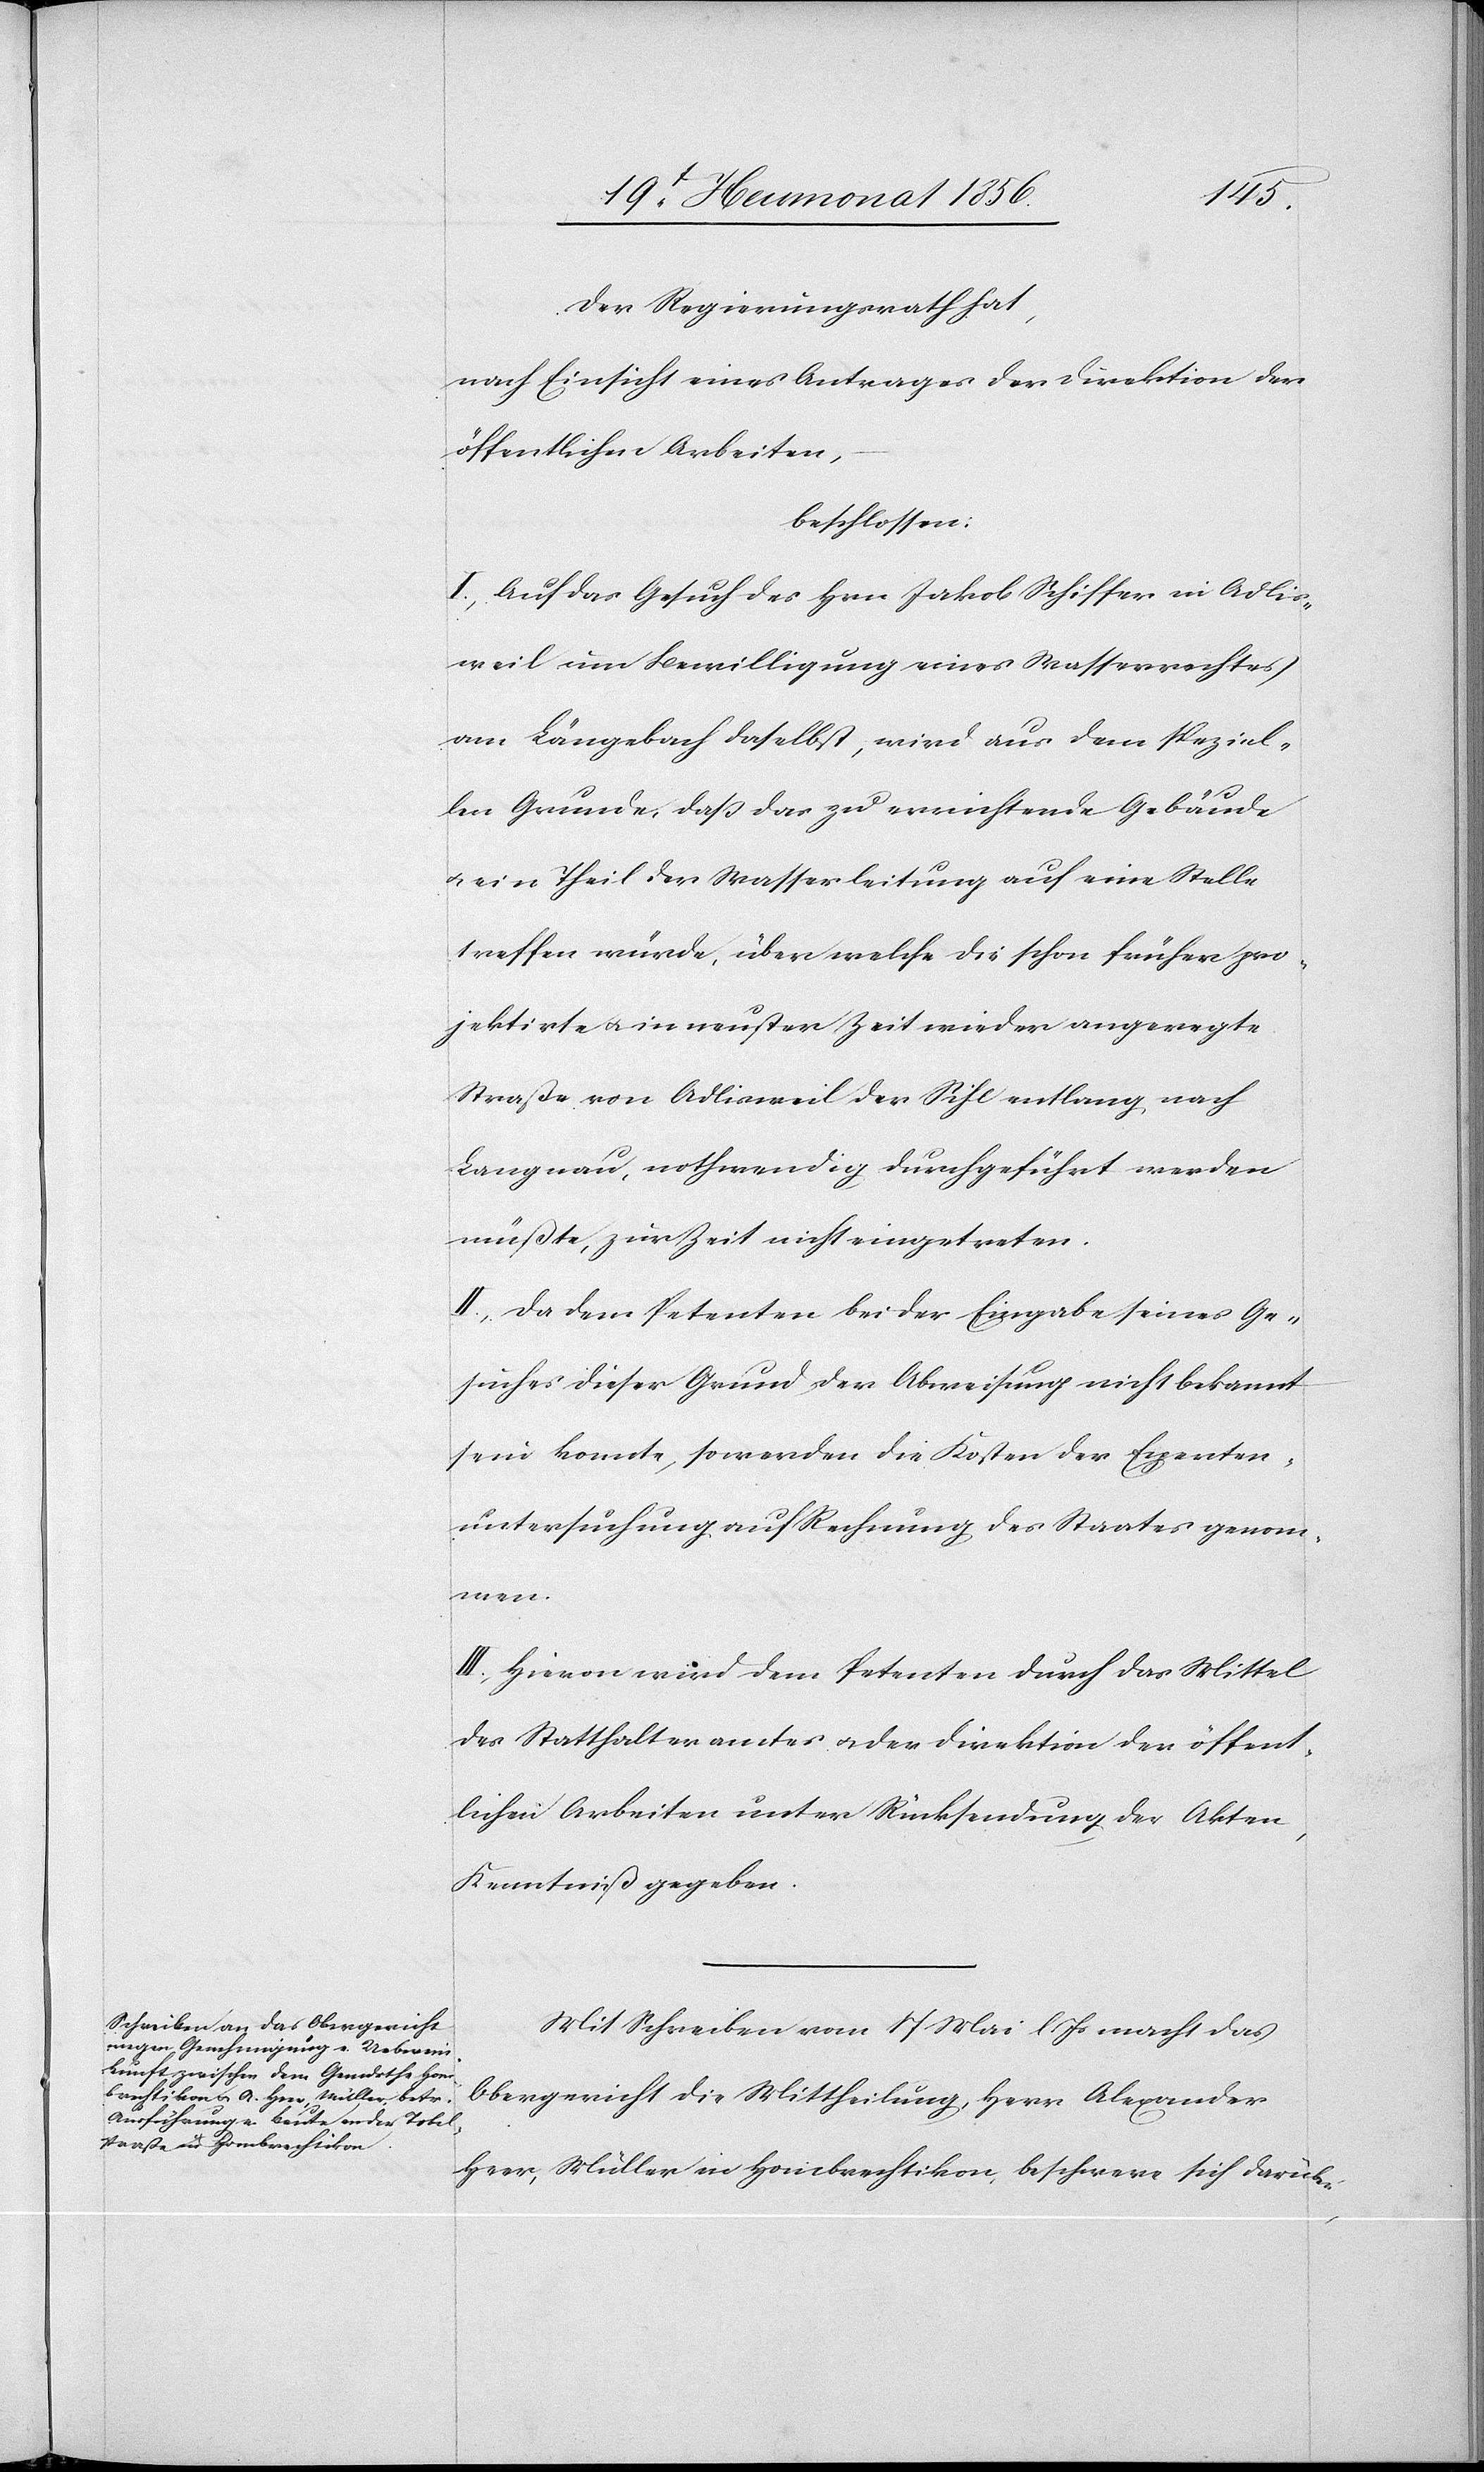
Der Regierungsrath hat,
nach Einsicht eines Antrages der Direktion der
öffentlichen Arbeiten,
beschlossen:
I.) Auf das Gesuch des Hrn Jakob Schiffer in Adlis¬
weil um Bewilligung eines Wasserrechtes
am Längebach daselbst, wird aus dem speziel¬
len Grunde, dass das zu errichtende Gebäude
u. ein Theil der Wasserleitung auf eine Stelle
treffen würde, über welche die schon früher pro¬
jektirte u. in neuster Zeit wieder angeregte
Straße von Adlisweil der Sihl entlang nach
Langnau, nothwendig durchgeführt werden
müßte, zur Zeit nicht eingetreten.
II.) Da dem Petenten bei der Eingabe seines Ge¬
suches dieser Grund der Abweisung nicht bekannt
sein konnte, so werden die Kosten der Experten¬
untersuchung auf Rechnung des Staates genom¬
men.
III.) Hievon wird dem Petenten durch das Mittel
des Statthalteramtes u. der Direktion der öffent¬
lichen Arbeiten unter Rücksendung der Akten,
Kenntniß gegeben.
Mit Schreiben vom 17 Mai l. Js macht das
Obergericht die Mittheilung, Herr Alexander
Heer, Müller in Hombrechtikon, beschwere sich darüber,